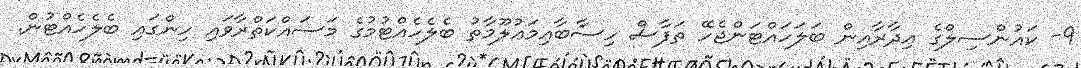
9- ކައުންސިލްގެ އިދާރާއިން ބަލަހައްޓަންޖެހޭ ތަފާސް ހިސާބާއިމަޢުލޫމާތު ބެލެހެއްޓުމުގެ މަސައްކަތްރާވައި ހިންގައި ބެލެހެއްޓުން.